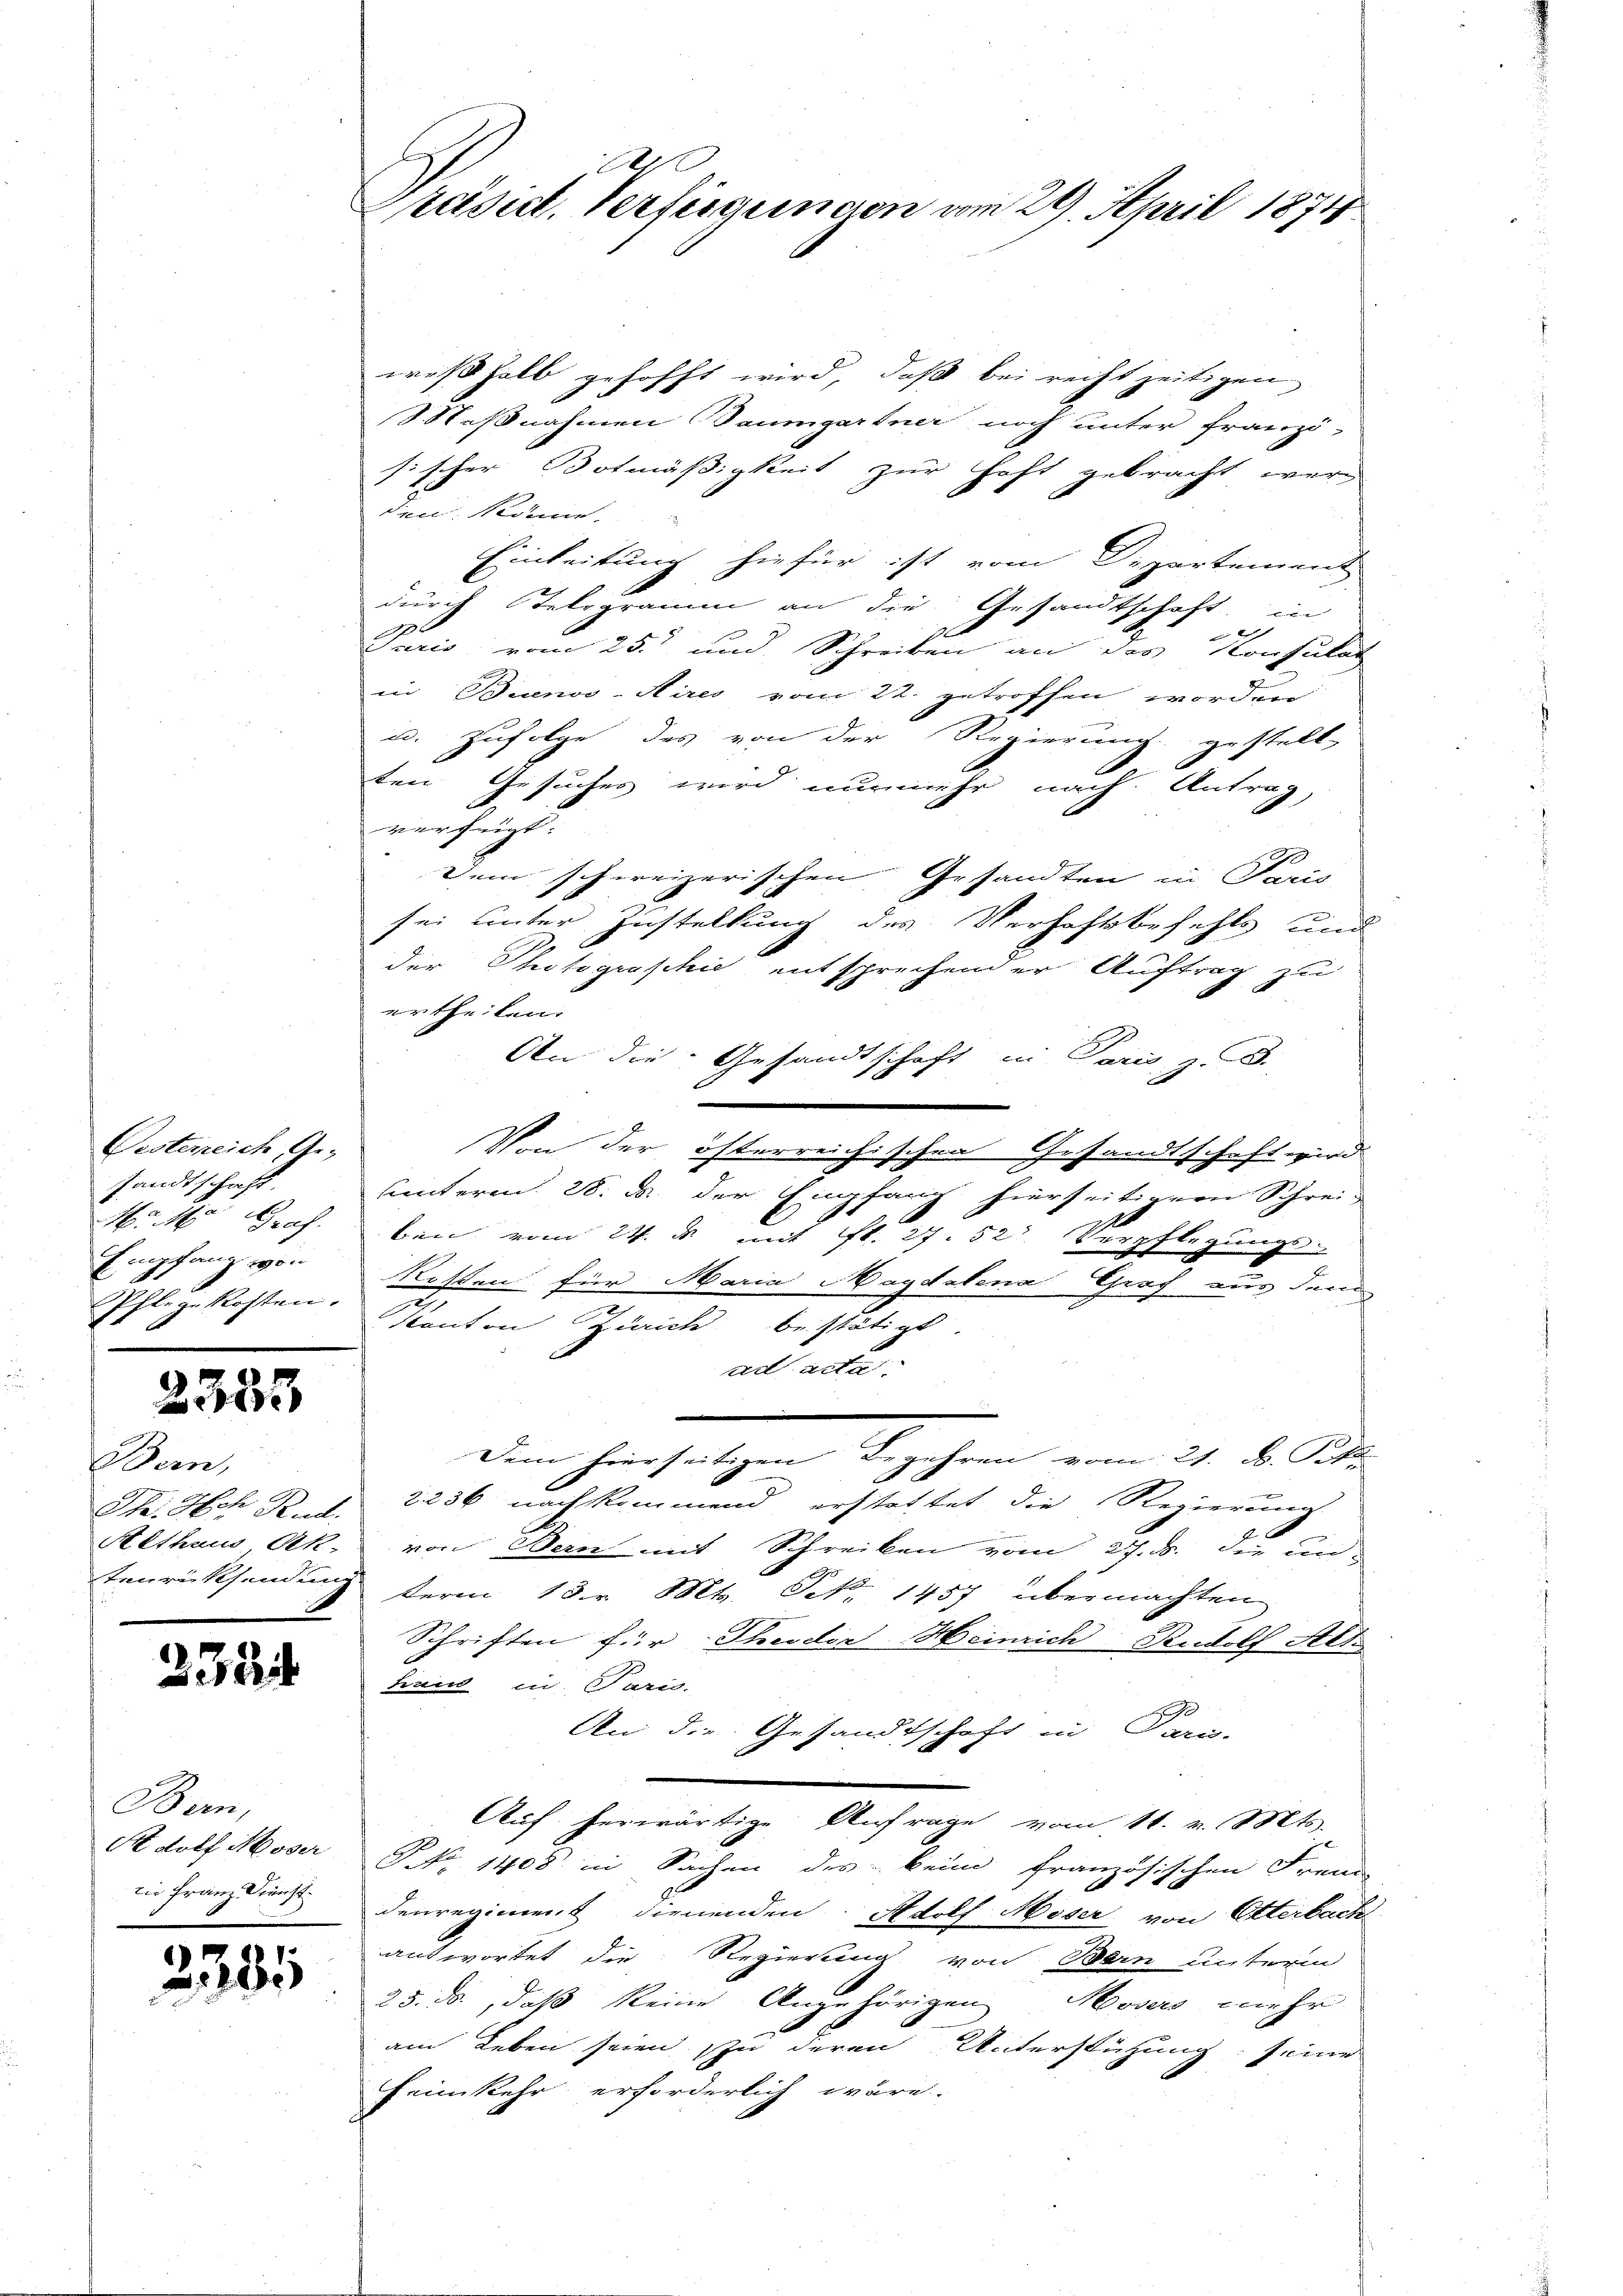
Vesterreich, Ge-
sandtschaft.
Empfang von

2333

Schen,

335

Bern,

3381

F
Päsict. Verfügungen vom 29. April 1874

weßhalb gehofft wird, daß bei recht zeitigen
Massnahmen Saumgartner noch unter franzö-
sischer Botmäßigkeit zur Haft gebracht wer
den könne.
Einleitung hiefür ist vom Departement
durch Telegramm an die Gesandtschaft in
e
Paris vom 25. und Schreiben an des Konsulat
in Buenos-Aires vom 22. getroffen worden
u. Zufolge des von der Regierung gestell
2
ten Gesuches wird nunmehr nach Antrag,
verfügt:
Dem schweizerischen Gesandten in Paris
sei unter Zustellung des Verhaftsbefehls und
der Photographie entsprechender Auftrag zu
ertheilen.
An die Gesandtschaft in Paris, z. B.
Von der österreichischen Gesandtschaft wird.
uunterm 28. d. der Empfang hierseitigern Schrei¬
M. M. Graf. bei vom 24. d. mit fl. 27. 52. Verpflegungs-
Pflegekosten. Dissen für Maria Magdalena Graf aus dem
Kanton Zürich bestätigt.
ad acte
dem hinseitigen Sachen vom 21. d. Mt
Th. Hch. Rud. 2236 nachkommend erstattet die Regierung
Althaus, Ak. von Bern mit Schreiben vom 27. d. die un-
tenrücksendung term 18. v. Mts. Frk. 1457 übermachten
Schriften für Theodor Heinrich Rudolf Alte
hand in Paris.
An die Gesandtschaft in Pari-
Auf herwärtige Anfrage vom 11. v. Mts.
Adolf Moser No 1408 in Sachen des beim französischen Freud
in Franz diens denregiment dienenden. Adolf Moser von Otterbach
antwortet die Regierung von Bern unterm
25. ds, daß keine Angehörigen Mosers mehr
am Leben seien zu deren Unterstützung seine
Heimkehr erforderlich wäre.